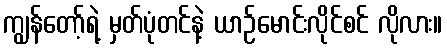
ကျွန်တော့်ရဲ့ မှတ်ပုံတင်နဲ့ ယာဉ်မောင်းလိုင်စင် လိုလား။